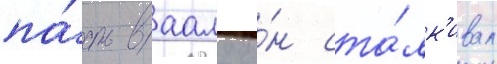
па́сть ваалу о́н ста́лк'ивал